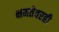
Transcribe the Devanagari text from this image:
क्षमतेवरही